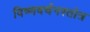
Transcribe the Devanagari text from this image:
विष्णवर्चनस्तोत्र